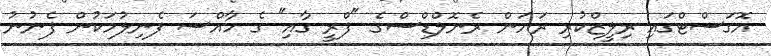
އޮގަސްޓްގައި ރިލީޒްކުރި ރަޔަން ރެނޮލްޑްސްގެ "ފްރީ ގާއި" ގެ ހާއްސަ ފެނިލުމަކުން ފެނުނު